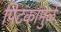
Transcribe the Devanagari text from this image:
पिटकांमुळे